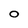
Character: O